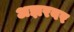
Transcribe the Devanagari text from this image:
अझरवर